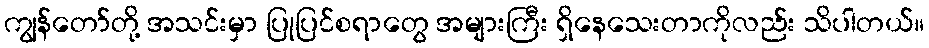
ကျွန်တော်တို့ အသင်းမှာ ပြုပြင်စရာတွေ အများကြီး ရှိနေသေးတာကိုလည်း သိပါတယ်။